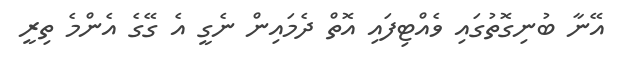
އޭނާ ބުނިގޮތުގައި ވެއްޓިފައި އޮތް ދެމައިން ނެގީ އެ ގޭގެ އެންމެ ތިރީ